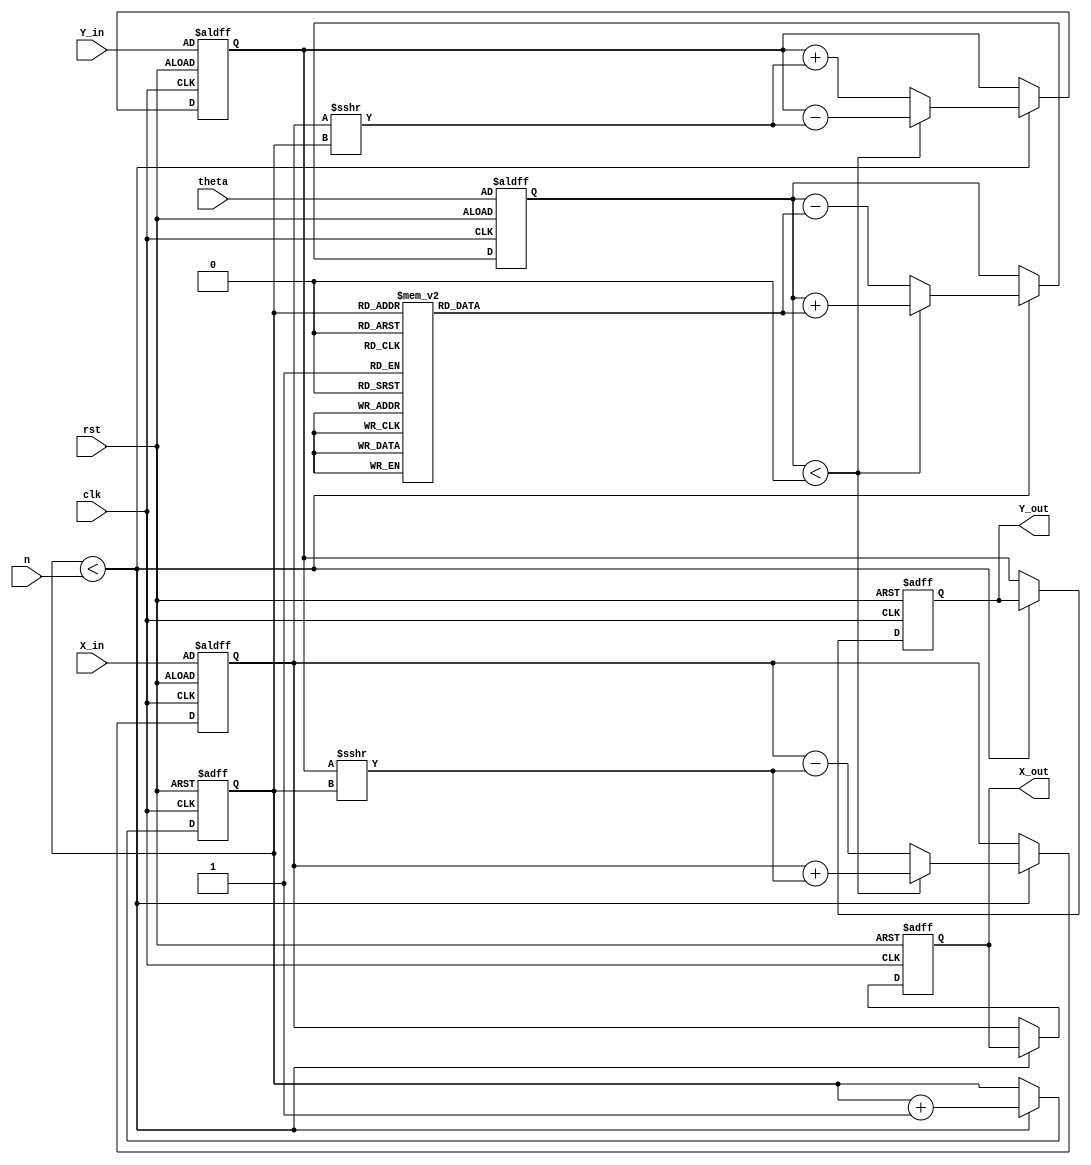
module cordic_rotational (
    input wire clk,
    input wire rst,
    input wire [15:0] theta,     // Input angle in radians (fixed-point)
    input wire [15:0] X_in,      // Initial x-coordinate (fixed-point)
    input wire [15:0] Y_in,      // Initial y-coordinate (fixed-point)
    input wire [3:0] n,          // Number of iterations (0 to 15)
    output reg [15:0] X_out,     // Output x-coordinate (fixed-point)
    output reg [15:0] Y_out       // Output y-coordinate (fixed-point)
);
    
    // Constants for CORDIC angles (arctan(2^-i) for i = 0 to 15)
    reg [15:0] atan_table [0:15];
    initial begin
        atan_table[0] = 16'h2000; // atan(1) = /4 = 0.7854 in fixed-point
        atan_table[1] = 16'h12D9; // atan(0.5) = 0.4636 in fixed-point
        atan_table[2] = 16'h0A3D; // atan(0.25) = 0.2449 in fixed-point
        atan_table[3] = 16'h0519; // atan(0.125) = 0.1244 in fixed-point
        // ... Fill in the rest of the atan_table values
    end

    // Internal registers
    reg [15:0] x_reg, y_reg, z_reg;
    reg [3:0] i;

    // CORDIC algorithm implementation
    always @(posedge clk or posedge rst) begin
        if (rst) begin
            X_out <= 0;
            Y_out <= 0;
            x_reg <= X_in;
            y_reg <= Y_in;
            z_reg <= theta;
            i <= 0;
        end else if (i < n) begin
            // Determine direction of rotation
            if (z_reg < 0) begin
                x_reg <= x_reg + (y_reg >>> i);
                y_reg <= y_reg - (x_reg >>> i);
                z_reg <= z_reg + atan_table[i];
            end else begin
                x_reg <= x_reg - (y_reg >>> i);
                y_reg <= y_reg + (x_reg >>> i);
                z_reg <= z_reg - atan_table[i];
            end
            i <= i + 1;
        end else begin
            // Assign output after iterations
            X_out <= x_reg;
            Y_out <= y_reg;
        end
    end
endmodule